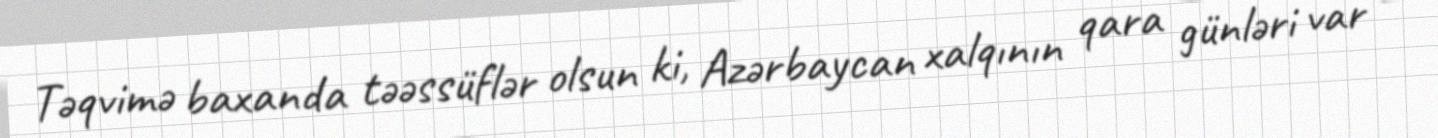
Təqvimə baxanda təəssüflər olsun ki, Azərbaycan xalqının qara günləri var –